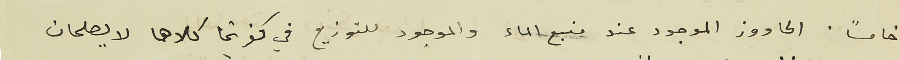
خامساً. الحاووز الموجود عند منبع الماء والموجود للتوزيع في كفرشيما كلاهما لا يصلحان